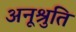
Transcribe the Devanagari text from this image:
अनूश्रुति